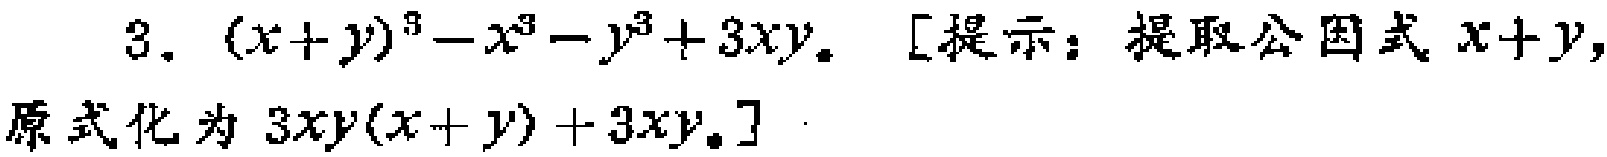
3. \((x + y)^{3}-x^{3}-y^{3}+3xy\)。[提示：提取公因式\(x + y\)，原式化为\(3xy(x + y)+3xy\)。]